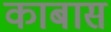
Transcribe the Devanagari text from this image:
काबास